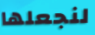
لنجعلها